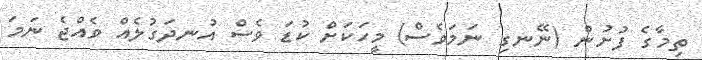
ތިމާގެ ފުށުން (ނޭނގި ނަމަވެސް) މީހަކަށް ކުޑަ ވެސް އުނދަގުލެއް ވެއްޖެ ނަމަ